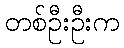
တစ်ဦးဦးက